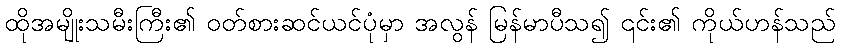
ထိုအမျိုးသမီးကြီး၏ ဝတ်စားဆင်ယင်ပုံမှာ အလွန် မြန်မာပီသ၍ ၎င်း၏ ကိုယ်ဟန်သည်